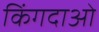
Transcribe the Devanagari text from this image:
किंगदाओ